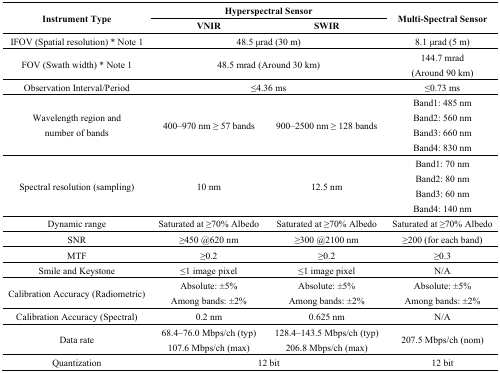
<table><thead><tr><td rowspan="2"><b>Instrument Type</b></td><td colspan="2"><b>Hyperspectral Sensor</b></td><td rowspan="2"><b>Multi-Spectral Sensor</b></td></tr><tr><td><b>VNIR</b></td><td><b>SWIR</b></td></tr></thead><tbody><tr><td>IFOV (Spatial resolution) * Note 1</td><td colspan="2">48.5 μrad (30 m)</td><td>8.1 μrad (5 m)</td></tr><tr><td>FOV (Swath width) * Note 1</td><td colspan="2">48.5 mrad (Around 30 km)</td><td>144.7 mrad (Around 90 km)</td></tr><tr><td>Observation Interval/Period</td><td colspan="2">≤4.36 ms</td><td>≤0.73 ms</td></tr><tr><td>Wavelength region and number of bands</td><td>400–970 nm ≥ 57 bands</td><td>900–2500 nm ≥ 128 bands</td><td>Band1: 485 nm Band2: 560 nm Band3: 660 nm Band4: 830 nm</td></tr><tr><td>Spectral resolution (sampling)</td><td>10 nm</td><td>12.5 nm</td><td>Band1: 70 nm Band2: 80 nm Band3: 60 nm Band4: 140 nm</td></tr><tr><td>Dynamic range</td><td>Saturated at ≥70% Albedo</td><td>Saturated at ≥70% Albedo</td><td>Saturated at ≥70% Albedo</td></tr><tr><td>SNR</td><td>≥450 @620 nm</td><td>≥300 @2100 nm</td><td>≥200 (for each band)</td></tr><tr><td>MTF</td><td>≥0.2</td><td>≥0.2</td><td>≥0.3</td></tr><tr><td>Smile and Keystone</td><td>≤1 image pixel</td><td>≤1 image pixel</td><td>N/A</td></tr><tr><td>Calibration Accuracy (Radiometric)</td><td>Absolute: ±5% Among bands: ±2%</td><td>Absolute: ±5% Among bands: ±2%</td><td>Absolute: ±5% Among bands: ±2%</td></tr><tr><td>Calibration Accuracy (Spectral)</td><td>0.2 nm</td><td>0.625 nm</td><td>N/A</td></tr><tr><td>Data rate</td><td>68.4–76.0 Mbps/ch (typ) 107.6 Mbps/ch (max)</td><td>128.4–143.5 Mbps/ch (typ) 206.8 Mbps/ch (max)</td><td>207.5 Mbps/ch (nom)</td></tr><tr><td>Quantization</td><td colspan="2">12 bit</td><td>12 bit</td></tr></tbody></table>